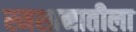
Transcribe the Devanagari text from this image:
स्मशानातीला